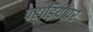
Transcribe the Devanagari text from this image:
पहाड़ियोंपर